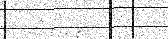
: